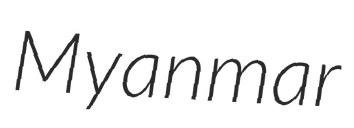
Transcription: Myanmar